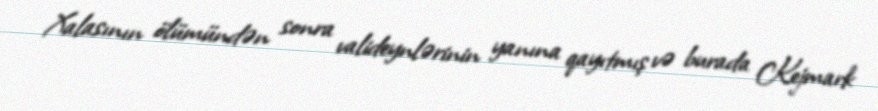
Xalasının ölümündən sonra valideynlərinin yanına qayıtmış və burada Kejmark